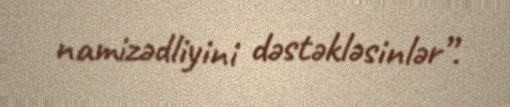
namizədliyini dəstəkləsinlər”.